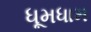
ધૂમધામ